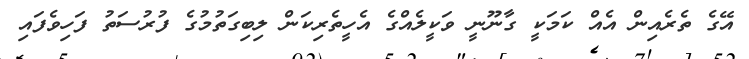
އޭގެ ތެރެއިން އެއް ކަމަކީ ގާނޫނީ ވަކީލެއްގެ އެހީތެރިކަން ލިބިގަތުމުގެ ފުރުސަތު ފަހިވެފައި